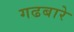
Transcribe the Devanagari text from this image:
गढबारे